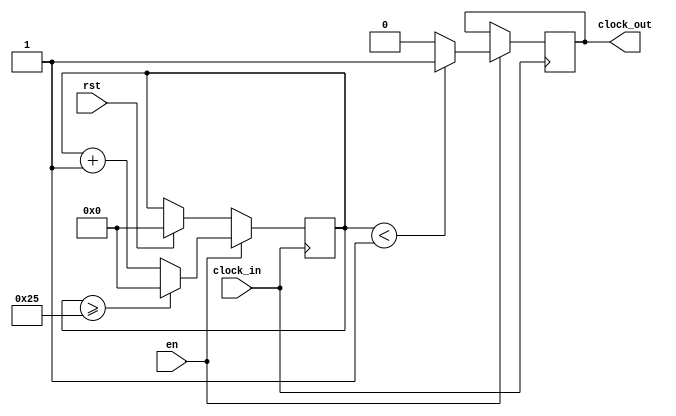
`timescale 1ns / 1ps
//////////////////////////////////////////////////////////////////////////////////
// Company: 
// Engineer: 
// 
// Design Name: 
// Module Name: clock_divider
// Project Name: 
// Target Devices: 
// Tool Versions: 
// Description: 
// 
// Dependencies: 
// 
// Revision:
// Revision 0.01 - File Created
// Additional Comments:
// 
//////////////////////////////////////////////////////////////////////////////////


module clock_divider(clock_in,en,rst,clock_out);

    input clock_in; // input clock on FPGA
    input en,rst;
    output reg clock_out; // output clock after dividing the input clock by divisor
    reg[27:0] counter=28'd0;
    parameter DIVISOR = 28'd38; //parameter DIVISOR = 28'd12;
    // The frequency of the output clk_out
    //  = The frequency of the input clk_in divided by DIVISOR
    // For example: Fclk_in = 50Mhz, if you want to get 1Hz signal to blink LEDs
    // You will modify the DIVISOR parameter value to 28'd50.000.000
    // Then the frequency of the output clk_out = 50Mhz/50.000.000 = 1Hz
    
    initial
    begin
        clock_out=0;
    end
    
    always @(posedge clock_in)
    begin
        if(rst)
        begin
            counter <= 28'd0;
        end
        if(en)
        begin
             counter <= counter + 28'd1;
             if(counter>=(DIVISOR-1))
             begin
                counter <= 28'd0;
             end
                clock_out <= (counter<DIVISOR/38)?1'b1:1'b0; // clock_out <= (counter<DIVISOR/12)?1'b1:1'b0;
         end
    end
endmodule